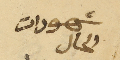
شهودات الحال